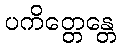
ပကိတ္တေန္တေ